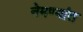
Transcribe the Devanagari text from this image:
नेमण्यांत